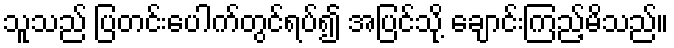
သူသည် ပြတင်းပေါက်တွင်ရပ်၍ အပြင်သို့ ချောင်းကြည့်မိသည်။